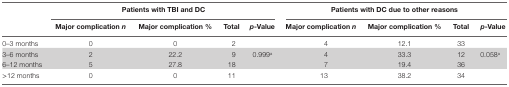
<table><thead><tr><td></td><td colspan="4"><b>Patients with TBI and DC</b></td><td colspan="4"><b>Patients with DC due to other reasons</b></td></tr><tr><td></td><td><b>Major complication <i>n</i></b></td><td><b>Major complication %</b></td><td><b>Total</b></td><td><b><i>p</i>-Value</b></td><td><b>Major complication n</b></td><td><b>Major complication %</b></td><td><b>Total</b></td><td><b><i>p</i>-Value</b></td></tr></thead><tbody><tr><td>0–3 months</td><td>0</td><td>0</td><td>2</td><td></td><td>4</td><td>12.1</td><td>33</td><td></td></tr><tr><td>3–6 months</td><td>2</td><td>22.2</td><td>9</td><td>0.999<sup>a</sup></td><td>4</td><td>33.3</td><td>12</td><td>0.058<sup>a</sup></td></tr><tr><td>6–12 months</td><td>5</td><td>27.8</td><td>18</td><td></td><td>7</td><td>19.4</td><td>36</td><td></td></tr><tr><td>&gt;12 months</td><td>0</td><td>0</td><td>11</td><td></td><td>13</td><td>38.2</td><td>34</td><td></td></tr></tbody></table>